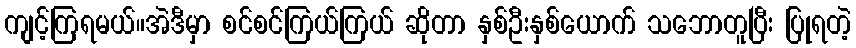
ကျင့်ကြရမယ်။အဲဒီမှာ စင်စင်ကြယ်ကြယ် ဆိုတာ နှစ်ဦးနှစ်ယောက် သဘောတူပြီး ပြုရတဲ့